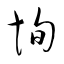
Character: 恂